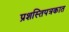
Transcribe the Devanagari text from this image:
प्रशस्तिपत्रकात